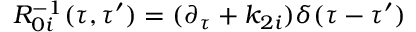
R _ { 0 i } ^ { - 1 } ( \tau , \tau ^ { \prime } ) = ( \partial _ { \tau } + k _ { 2 i } ) \delta ( \tau - \tau ^ { \prime } )